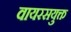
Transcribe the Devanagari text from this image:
वायरसयुक्त